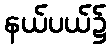
နယ်ပယ်၌